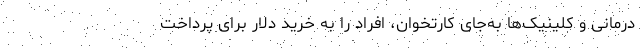
درمانی و کلینیک‌ها به‌جای کارتخوان، افراد را به خرید دلار برای پرداخت